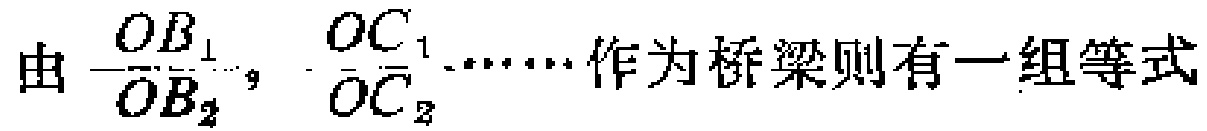
由$\frac{OB_1}{OB_2}$，$\frac{OC_1}{OC_2}\cdots\cdots$作为桥梁则有一组等式